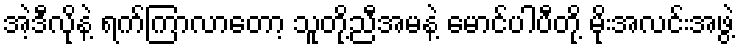
အဲ့ဒီလိုနဲ့ ရက်ကြာလာတော့ သူတို့ညီအမနဲ့ မောင်ပါပီတို့ မိုးအလင်းအဖွဲ့